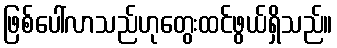
ဖြစ်ပေါ်လာသည်ဟုတွေးထင်ဖွယ်ရှိသည်။